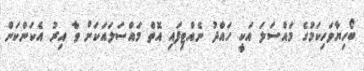
ބޯހިޔާވަހިކަމުގެ މައްސަލަ އަކީ ހައްދު ނެއްޓިފައި އޮތް މައްސަލައަކަށް ވާ އިރު އެކަންކަން